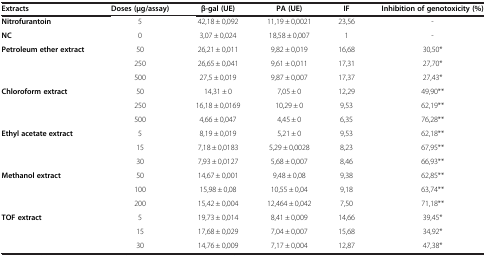
<table><thead><tr><td><b>Extracts</b></td><td><b>Doses (μg/assay)</b></td><td><b>β-gal (UE)</b></td><td><b>PA (UE)</b></td><td><b>IF</b></td><td><b>Inhibition of genotoxicity (%)</b></td></tr></thead><tbody><tr><td><b>Nitrofurantoin</b></td><td>5</td><td>42,18 ± 0,092</td><td>11,19 ± 0,0021</td><td>23,56</td><td>-</td></tr><tr><td><b>NC</b></td><td>0</td><td>3,07 ± 0,024</td><td>18,58 ± 0,007</td><td>1</td><td>-</td></tr><tr><td><b>Petroleum ether extract</b></td><td>50</td><td>26,21 ± 0,011</td><td>9,82 ± 0,019</td><td>16,68</td><td>30,50*</td></tr><tr><td> </td><td>250</td><td>26,65 ± 0,041</td><td>9,61 ± 0,011</td><td>17,31</td><td>27,70*</td></tr><tr><td> </td><td>500</td><td>27,5 ± 0,019</td><td>9,87 ± 0,007</td><td>17,37</td><td>27,43*</td></tr><tr><td><b>Chloroform extract</b></td><td>50</td><td>14,31 ± 0</td><td>7,05 ± 0</td><td>12,29</td><td>49,90**</td></tr><tr><td> </td><td>250</td><td>16,18 ± 0,0169</td><td>10,29 ± 0</td><td>9,53</td><td>62,19**</td></tr><tr><td> </td><td>500</td><td>4,66 ± 0,047</td><td>4,45 ± 0</td><td>6,35</td><td>76,28**</td></tr><tr><td><b>Ethyl acetate extract</b></td><td>5</td><td>8,19 ± 0,019</td><td>5,21 ± 0</td><td>9,53</td><td>62,18**</td></tr><tr><td> </td><td>15</td><td>7,18 ± 0,0183</td><td>5,29 ± 0,0028</td><td>8,23</td><td>67,95**</td></tr><tr><td> </td><td>30</td><td>7,93 ± 0,0127</td><td>5,68 ± 0,007</td><td>8,46</td><td>66,93**</td></tr><tr><td><b>Methanol extract</b></td><td>50</td><td>14,67 ± 0,001</td><td>9,48 ± 0,08</td><td>9,38</td><td>62,85**</td></tr><tr><td> </td><td>100</td><td>15,98 ± 0,08</td><td>10,55 ± 0,04</td><td>9,18</td><td>63,74**</td></tr><tr><td> </td><td>200</td><td>15,42 ± 0,004</td><td>12,464 ± 0,042</td><td>7,50</td><td>71,18**</td></tr><tr><td><b>TOF extract</b></td><td>5</td><td>19,73 ± 0,014</td><td>8,41 ± 0,009</td><td>14,66</td><td>39,45*</td></tr><tr><td> </td><td>15</td><td>17,68 ± 0,029</td><td>7,04 ± 0,007</td><td>15,68</td><td>34,92*</td></tr><tr><td> </td><td>30</td><td>14,76 ± 0,009</td><td>7,17 ± 0,004</td><td>12,87</td><td>47,38*</td></tr></tbody></table>